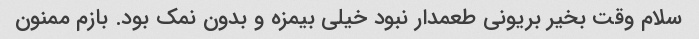
سلام وقت بخیر بریونی طعمدار نبود خیلی بیمزه و بدون نمک بود. بازم ممنون